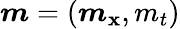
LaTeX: \boldsymbol{m}=(\boldsymbol{m}_{\mathbf{x}},m_{t})